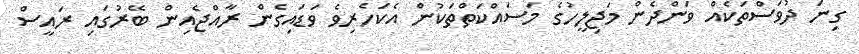
ގިނަ ދުވަސްތަކެއް ވަންދެން މަޖިލީހުގެ މަސައްކަތްތަކުން އެކަހެރިވެ ވަޑައިގެން ރާއްޖެއިން ބޭރުގައި ރައީސް